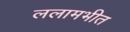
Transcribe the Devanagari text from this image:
ललामभीत